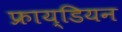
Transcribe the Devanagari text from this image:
फ्राय्डियन